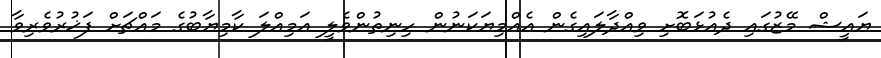
ޔައީޝް މޭޒުގައި ދެއުޅަބޮށި ވިއްދާލައިގެން އެއްމިޔަކަނުން ހިނިތުންވެލީ އަމިއްލަ ކާމިޔާބުގެ މައްޗަށް ފަޚުރުވެރިވާ